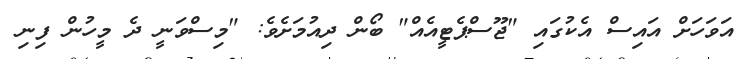
އަވަހަށް އައިސް އެކުގައި "ޖޫސްޕެޓީއެއް" ބޯން ދިއުމަށެވެ: "މިސްވަނީ ދެ މީހުން ފިނި